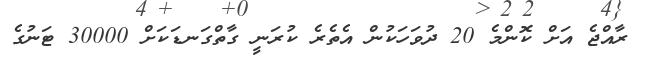
ރާއްޖެ އަށް ކޮންމެ 20 ދުވަހަކުން އެތެރެ ކުރަނީ ގާތްގަނޑަކަށް 30000 ޓަނުގެ